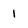
Character: 1